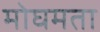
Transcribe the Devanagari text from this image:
मोघमता